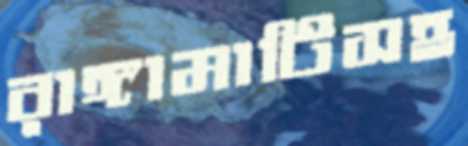
রাঙ্গামাটিসহ